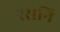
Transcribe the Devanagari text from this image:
रसनि